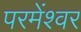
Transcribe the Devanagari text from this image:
परमेंश्वर